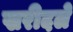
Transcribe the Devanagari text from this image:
खरीदले